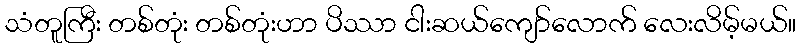
သံတူကြီး တစ်တုံး တစ်တုံးဟာ ပိဿာ ငါးဆယ်ကျော်လောက် လေးလိမ့်မယ်။